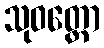
သုဝတ္ထော